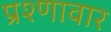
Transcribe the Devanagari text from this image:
प्रश्णावार